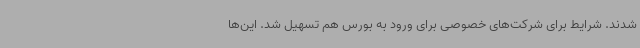
شدند. شرایط برای شرکت‌های خصوصی برای ورود به بورس هم تسهیل شد. این‌ها